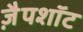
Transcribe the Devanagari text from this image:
ज़ैपशॉट